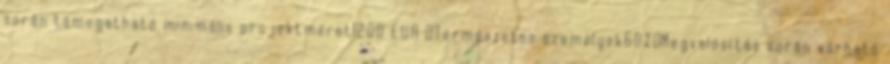
során támogatható minimális projektméret1200 EUR ▪Természetes személyek60%▪Megvalósítás során várható